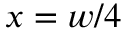
x = w / 4